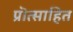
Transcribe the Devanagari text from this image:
प्रॊत्साहित